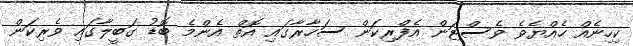
ކިހިނެއް ހެއްޔެވެ ވެސްޓަން އެފްރިކަން ސަހާރާގައި އޮތް އެންމެ ބޮޑު ގަބީލާގައި ވެރިކަން